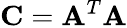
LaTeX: \mathbf{C}=\mathbf{A}^{T}\mathbf{A}